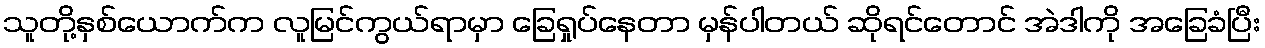
သူတို့နှစ်ယောက်က လူမြင်ကွယ်ရာမှာ ခြေရှုပ်နေတာ မှန်ပါတယ် ဆိုရင်တောင် အဲဒါကို အခြေခံပြီး